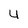
Character: 4